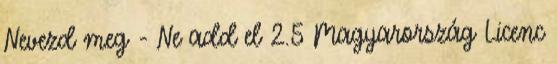
Nevezd meg - Ne add el 2.5 Magyarország Licenc